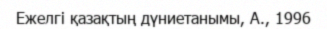
Ежелгі қазақтың дүниетанымы, А., 1996